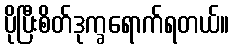
ပိုပြီးစိတ်ဒုက္ခရောက်ရတယ်။